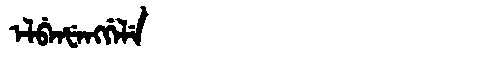
Manchu: ᡝᠯᠪᡝᠨᡶᡝᠩᡤᡝᠯᡝ
Romanization: ELBENFENGGELE